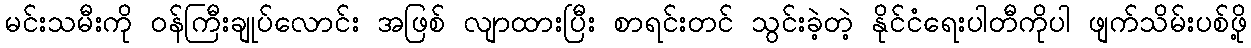
မင်းသမီးကို ဝန်ကြီးချုပ်လောင်း အဖြစ် လျာထားပြီး စာရင်းတင် သွင်းခဲ့တဲ့ နိုင်ငံရေးပါတီကိုပါ ဖျက်သိမ်းပစ်ဖို့